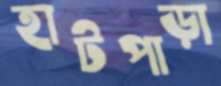
হাটপাড়া